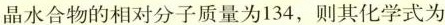
晶水合物的相对分子质量为134，则其化学式为